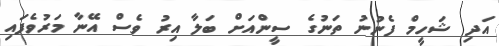
އަދި ޝަހީމް ފެނުނު ތަނުގެ ސީންއަށް ބަލާ އިރު ވެސް އޭނާ މަރުވެފައި